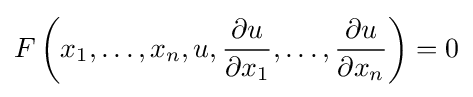
F\left(x_{1},\dots ,x_{n},u,{\frac {\partial u}{\partial x_{1}}},\dots ,{\frac {\partial u}{\partial x_{n}}}\right)=0